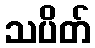
သပိတ်